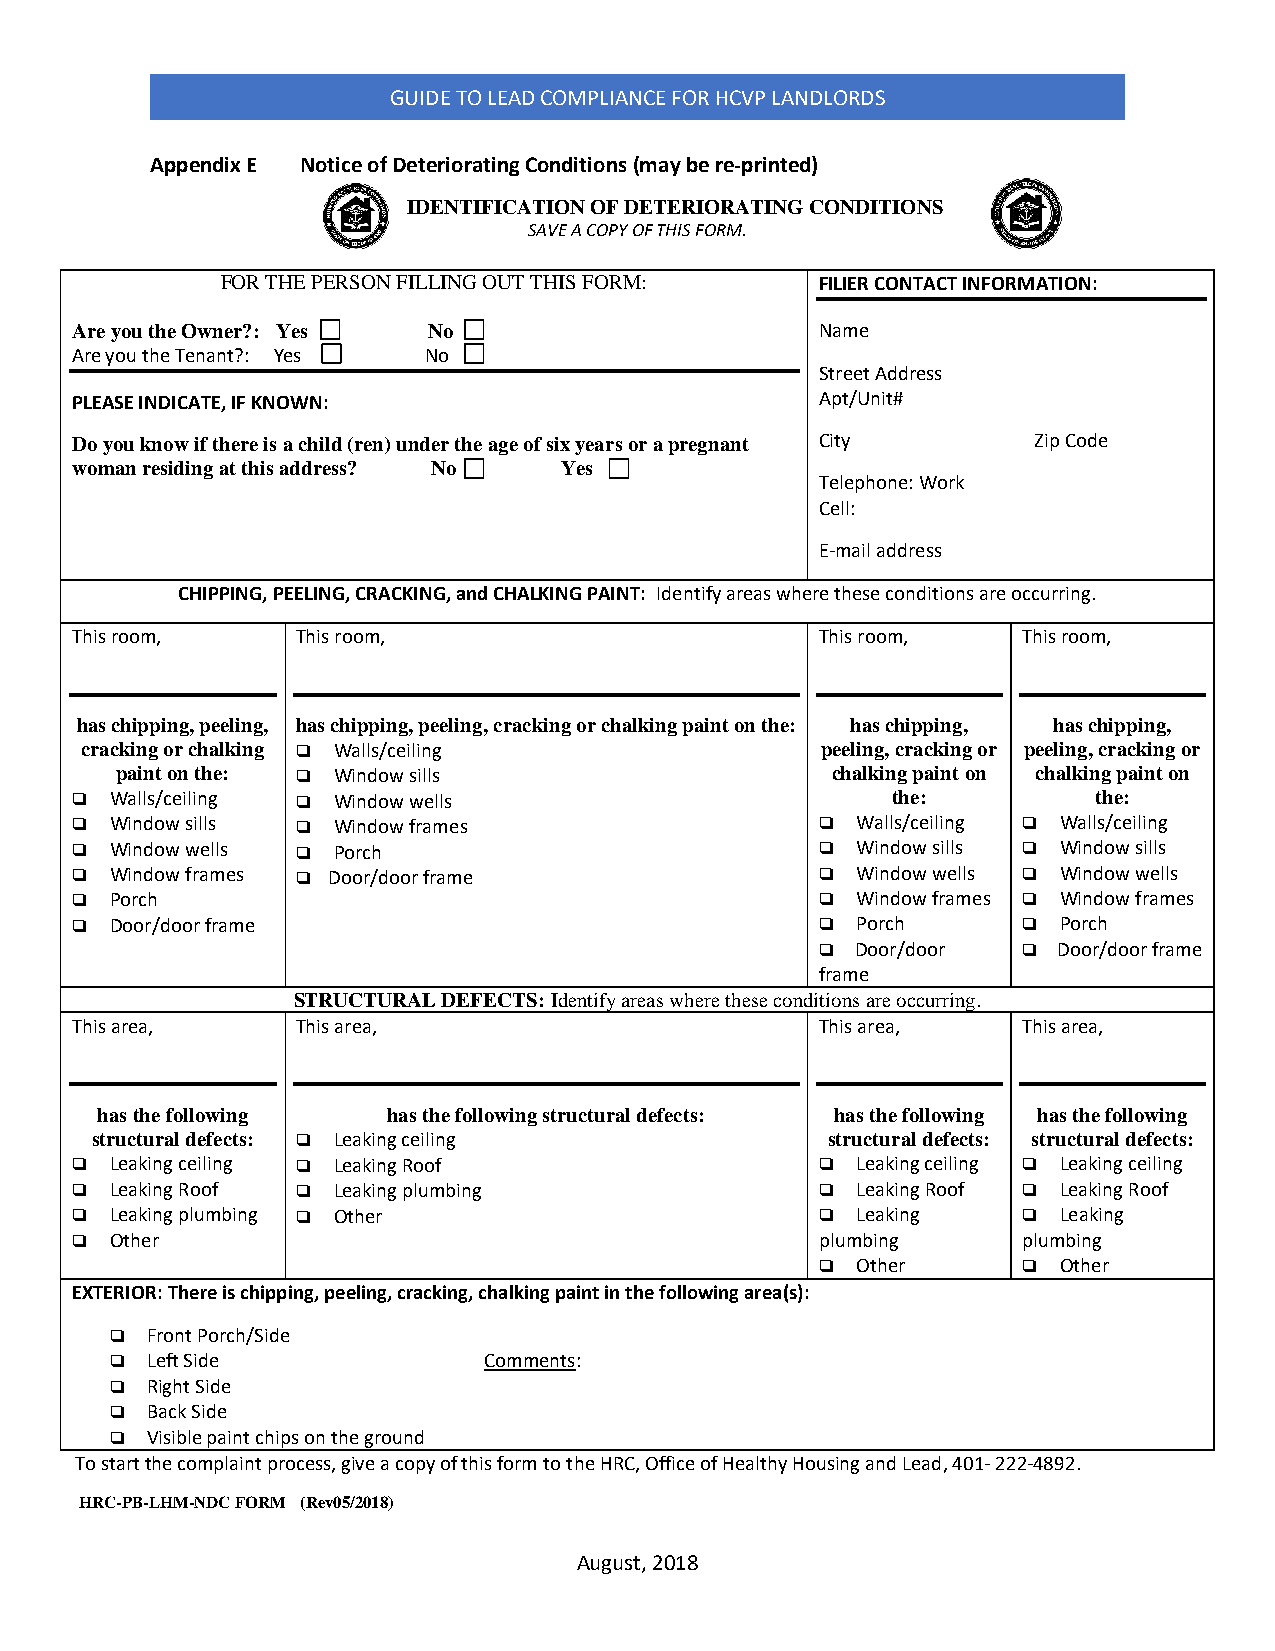
GUIDE TO LEAD COMPLIANCE FOR HCVP LANDLORDS
 Appendix E Notice of Deteriorating Conditions (may be re-printed)
 IDENTIFICATION OF DETERIORATING CONDITIONS
 SAVE A COPY OF THIS FORM.
 FOR THE PERSON FILLING OUT THIS FORM:  FILIER CONTACT INFORMATION:
 Are you the Owner?: Yes No                       Name
 Are you the Tenant?: Yes No
 Street Address
 PLEASE INDICATE, IF KNOWN:                       Apt/Unit#
 Do you know if there is a child (ren) under the age of six years or a pregnant City Zip Code
 woman residing at this address? No Yes
 Telephone: Work
 Cell:
 E-mail address
 CHIPPING, PEELING, CRACKING, and CHALKING PAINT: Identify areas where these conditions are occurring.
 This room,     This room,                        This room,    This room,
 has chipping, peeling, has chipping, peeling, cracking or chalking paint on the: has chipping, has chipping,
 cracking or chalking  Walls/ceiling             peeling, cracking or peeling, cracking or
 paint on the:  Window sills                   chalking paint on chalking paint on
  Walls/ceiling  Window wells                        the:          the:
  Window sills  Window frames                     Walls/ceiling  Walls/ceiling
  Window wells  Porch                             Window sills  Window sills
  Window frames  Door/door frame                  Window wells  Window wells
  Porch                                            Window frames  Window frames
  Door/door frame                                  Porch       Porch
   Door/door   Door/door frame
 frame
 STRUCTURAL DEFECTS: Identify areas where these conditions are occurring.
 This area,     This area,                        This area,    This area,
 has the following   has the following structural defects: has the following has the following
 structural defects:  Leaking ceiling            structural defects: structural defects:
  Leaking ceiling  Leaking Roof                   Leaking ceiling  Leaking ceiling
  Leaking Roof  Leaking plumbing                  Leaking Roof  Leaking Roof
  Leaking plumbing  Other                         Leaking     Leaking
  Other                                          plumbing      plumbing
   Other       Other
 EXTERIOR: There is chipping, peeling, cracking, chalking paint in the following area(s):
   Front Porch/Side
   Left Side             Comments:
   Right Side
   Back Side
   Visible paint chips on the ground
 To start the complaint process, give a copy of this form to the HRC, Office of Healthy Housing and Lead, 401- 222-4892.
 HRC-PB-LHM-NDC FORM (Rev05/2018)
 August, 2018